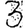
Digit: 3